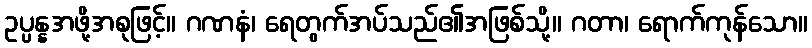
ဥပ္ပန္နအဖို့အစုဖြင့်။ ဂဏနံ၊ ရေတွက်အပ်သည်၏အဖြစ်သို့။ ဂတာ၊ ရောက်ကုန်သော။